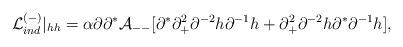
LaTeX: \begin{align*}{\cal L}^{(-)}_{ind} \vert_{hh} = \alpha \partial \partial^*{\cal A}_{--}[ \partial^* \partial_+^2 \partial^{-2} h \partial^{-1} h + \partial_+^2 \partial^{-2} h \partial^* \partial^{-1} h ],\end{align*}